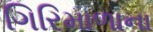
ગિરિમાળાના